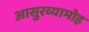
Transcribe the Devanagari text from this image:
आसुरव्यामोह